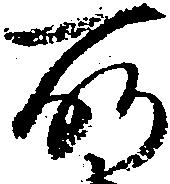
所